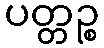
ပတ္တဉ္စ